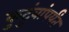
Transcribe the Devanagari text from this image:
कुटुंबांपर्यंत